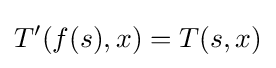
T'(f(s),x)=T(s,x)